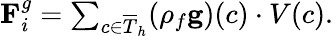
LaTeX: \begin{array}{r}{\textbf{F}_{i}^{g}=\sum_{c\in\overline{{T}}_{h}}(\rho_{f}\textbf{g})(c)\cdot V(c).}\end{array}